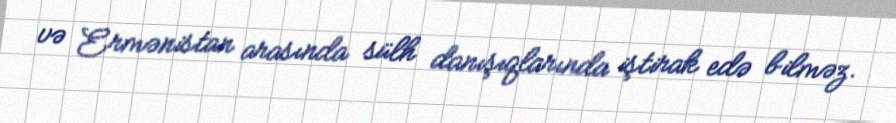
və Ermənistan arasında sülh danışıqlarında iştirak edə bilməz.